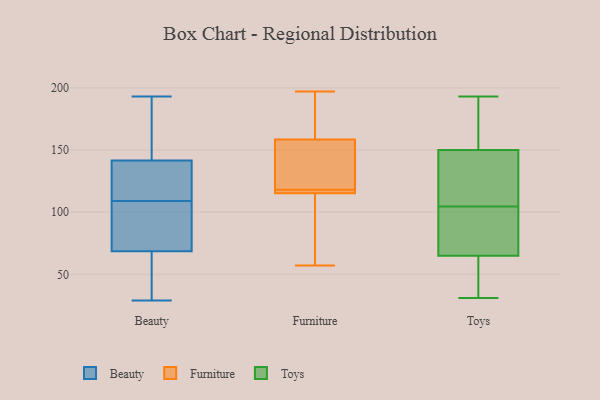
{"axis": {"x": "Churn Rate (%)", "y": "Value"}, "legend": ["Beauty", "Furniture", "Toys"], "data": [{"x": "", "y": 37, "type": "Beauty"}, {"x": "", "y": 173, "type": "Beauty"}, {"x": "", "y": 178, "type": "Beauty"}, {"x": "", "y": 106, "type": "Beauty"}, {"x": "", "y": 140, "type": "Beauty"}, {"x": "", "y": 98, "type": "Beauty"}, {"x": "", "y": 109, "type": "Beauty"}, {"x": "", "y": 116, "type": "Beauty"}, {"x": "", "y": 70, "type": "Beauty"}, {"x": "", "y": 60, "type": "Beauty"}, {"x": "", "y": 49, "type": "Beauty"}, {"x": "", "y": 193, "type": "Beauty"}, {"x": "", "y": 142, "type": "Beauty"}, {"x": "", "y": 127, "type": "Beauty"}, {"x": "", "y": 68, "type": "Beauty"}, {"x": "", "y": 82, "type": "Beauty"}, {"x": "", "y": 185, "type": "Beauty"}, {"x": "", "y": 140, "type": "Beauty"}, {"x": "", "y": 29, "type": "Beauty"}, {"x": "", "y": 193, "type": "Furniture"}, {"x": "", "y": 118, "type": "Furniture"}, {"x": "", "y": 101, "type": "Furniture"}, {"x": "", "y": 115, "type": "Furniture"}, {"x": "", "y": 121, "type": "Furniture"}, {"x": "", "y": 57, "type": "Furniture"}, {"x": "", "y": 171, "type": "Furniture"}, {"x": "", "y": 118, "type": "Furniture"}, {"x": "", "y": 118, "type": "Furniture"}, {"x": "", "y": 116, "type": "Furniture"}, {"x": "", "y": 197, "type": "Furniture"}, {"x": "", "y": 133, "type": "Toys"}, {"x": "", "y": 174, "type": "Toys"}, {"x": "", "y": 84, "type": "Toys"}, {"x": "", "y": 34, "type": "Toys"}, {"x": "", "y": 110, "type": "Toys"}, {"x": "", "y": 113, "type": "Toys"}, {"x": "", "y": 52, "type": "Toys"}, {"x": "", "y": 99, "type": "Toys"}, {"x": "", "y": 114, "type": "Toys"}, {"x": "", "y": 91, "type": "Toys"}, {"x": "", "y": 139, "type": "Toys"}, {"x": "", "y": 193, "type": "Toys"}, {"x": "", "y": 39, "type": "Toys"}, {"x": "", "y": 161, "type": "Toys"}, {"x": "", "y": 82, "type": "Toys"}, {"x": "", "y": 57, "type": "Toys"}, {"x": "", "y": 73, "type": "Toys"}, {"x": "", "y": 31, "type": "Toys"}, {"x": "", "y": 184, "type": "Toys"}, {"x": "", "y": 164, "type": "Toys"}]}